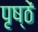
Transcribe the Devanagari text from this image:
पृष्ठें